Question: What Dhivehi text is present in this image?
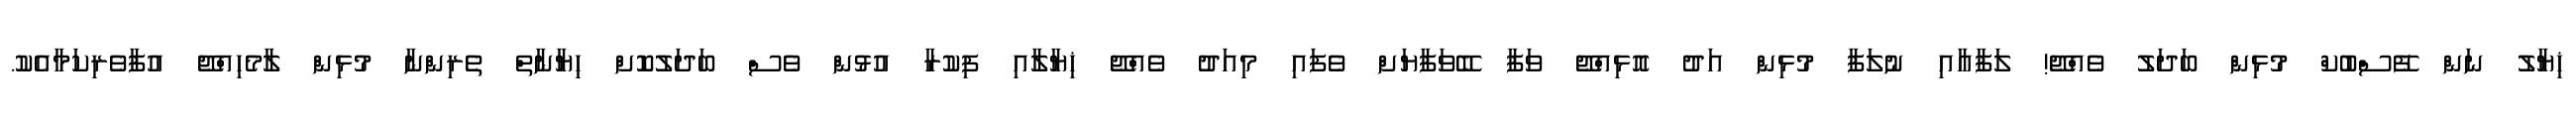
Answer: ޚިޔާލު ނަން ފޭސްބުކް މުޅިން ބަދަލު ވެއްޖޭ! ލަފާއާއި ނުލަފާ މުޅިން އަދު އޮޅިއްޖޭ ވަފާ ބޭވަފާޔަށް ވެފައި މިއަދު ވެއްޖޭ ޚިޔާލާއި ފިކުރާ އުޅުން ވެސް ބަދަލުކޮށް ޙިޔާނާތް ތެރިންނާ މުޅިން ލާމެހިއްޖޭ އުފާވެރިކަމާއެކު.